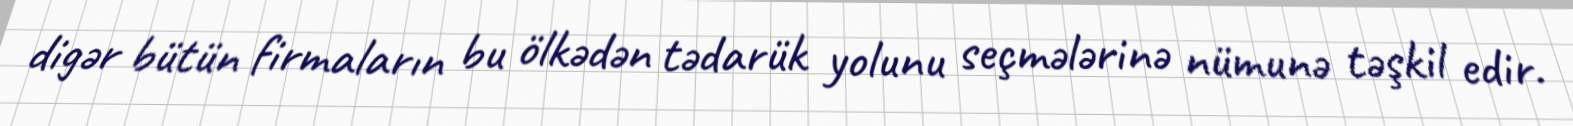
digər bütün firmaların bu ölkədən tədarük yolunu seçmələrinə nümunə təşkil edir.